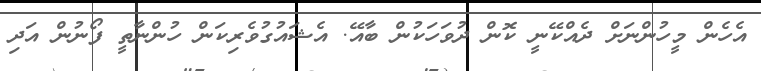
އެހެން މީހުންނަށް ދެއްކޭނީ ކޮން ދުވަހަކުން ބާއޭ. އެޝައުގުވެރިކަން ހުންނާތީ ފޯނުން އަދި